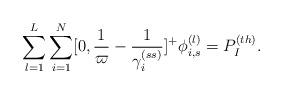
LaTeX: \begin{align*} \sum _{l=1}^{L}\sum _{i=1}^{N}[0,\frac{1}{\varpi } -\frac{1}{\gamma _{i}^{(ss)} } ]^{+} \phi _{i,s}^{(l)} =P_{I}^{(th)} . \end{align*}